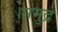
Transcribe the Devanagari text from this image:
।समुद्र